Report on the working of the mental hospitals for Indians in Bihar and Orissa - 1925-1929
Year: 1925
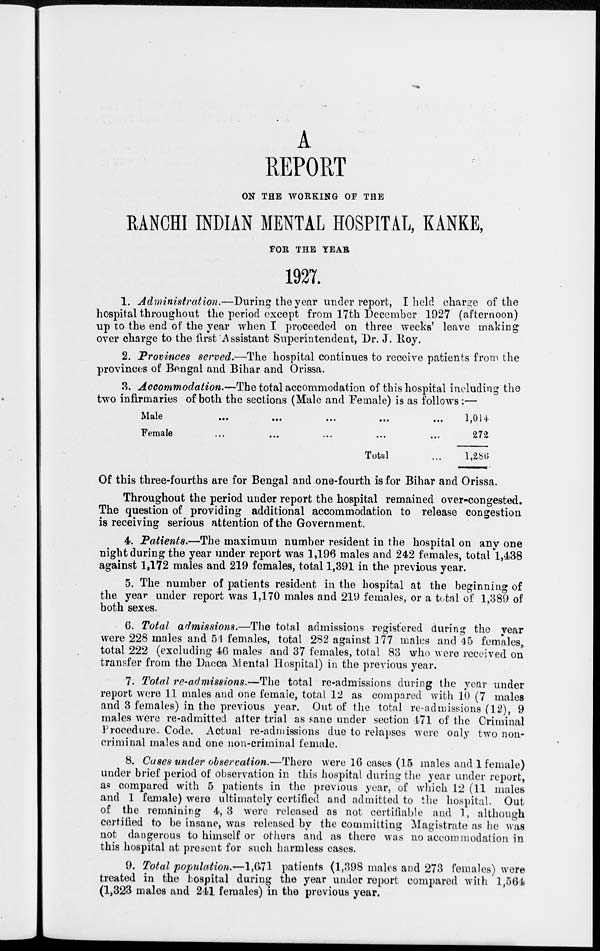
A
REPORT
ON THE WORKING OF THE
RANCHI INDIAN MENTAL HOSPITAL, KANKE,
FOR THE YEAR
1927.
1. Administration.—During
the year under report, I held charge of the
hospital throughout the period except from 17th December 1927 (afternoon)
up to the end of the year when I proceeded on three weeks' leave making
over charge to the first Assistant Superintendent, Dr. J. Roy.
2. Provinces served.—The hospital continues to receive patients from the
provinces of Bengal and Bihar and Orissa.
3. Accommodation.—The total accommodation of this hospital including the
two infirmaries of both the sections (Male and Female) is as follows :—
Male ... ... ... ... ...
Female ... ... ... ... ... ...
Total ...
1,014
272
1,286
Of this three-fourths are for Bengal and one-fourth is for Bihar and Orissa.
Throughout the period under report the hospital remained over-congested.
The question of providing additional accommodation to release congestion
is receiving serious attention of the Government.
4. Patients.—The maximum number resident in the hospital on any one
night during the year under report was 1,196 males and 242 females, total 1,438
against 1,172 males and 219 females, total 1,391 in the previous year.
5. The number of patients resident in the hospital at the beginning of
the year under report was 1,170 males and 219 females, or a total of 1,389 of
both sexes.
6. Total admissions.—The total admissions registered during the year
were 228 males and 54 females, total 282 against 177 males and 45 females,
total 222 (excluding 46 males and 37 females, total 83 who were received on
transfer from the Dacca Mental Hospital) in the previous year.
7. Total re-admissions.—The total re-admissions during the year under
report were 11 males and one female, total 12 as compared with 10 (7 males
and 3 females) in the previous year. Out of the total re-admissions (12), 9
males were re-admitted after trial as sane under section 471 of the Criminal
Procedure. Code. Actual re-admissions due to relapses were only two non-
criminal males and one non-criminal female.
8. Cases under observation.—There were 16 cases (15 males and 1 female)
under brief period of observation in this hospital during the year under report,
as compared with 5 patients in the previous year, of which 12 (11 males
and 1 female) were ultimately certified, and admitted to the hospital. Out
of the remaining 4, 3 were released as not certifiable and 1, although
certified to be insane, was released by the committing Magistrate as he was
not dangerous to himself or others and as there was no accommodation in
this hospital at present for such harmless cases.
9. Total population.—1,671 patients (1,398 males and 273 females) were
treated in the hospital during the year under report compared with 1,564
(1,323 males and 241 females) in the previous year.